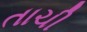
તાચી